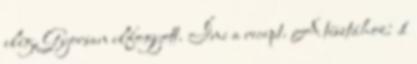
elég. Gyorsan elfogyott. Íme a recept. A tésztához: 1